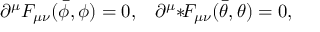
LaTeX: \partial ^ { \mu } F _ { \mu \nu } ( \bar { \phi } , \phi ) = 0 , \; \; \; \partial ^ { \mu } { * } \! F _ { \mu \nu } ( \bar { \theta } , \theta ) = 0 ,